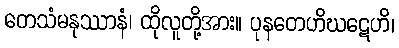
တေသံမနုဿာနံ၊ ထိုလူတို့အား။ ပုနတေဟိဃဋေဟိ၊